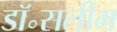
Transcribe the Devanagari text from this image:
डॉ॰सलीम